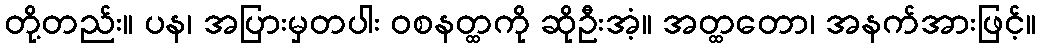
တို့တည်း။ ပန၊ အပြားမှတပါး ဝစနတ္ထကို ဆိုဦးအံ့။ အတ္ထတော၊ အနက်အားဖြင့်။